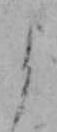
よ